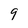
Character: 9